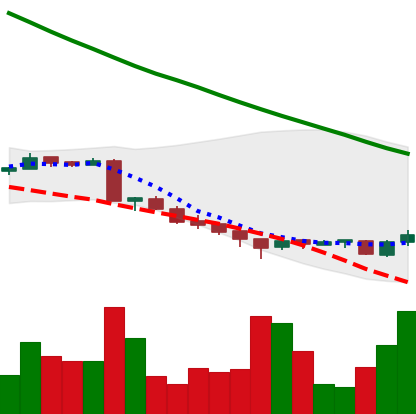
Ticker: ADA-USD
Chart end date: 2018-09-19
Forward return: 14.38%
Label: up_7plus